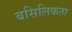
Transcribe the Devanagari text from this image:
बसिलिकता